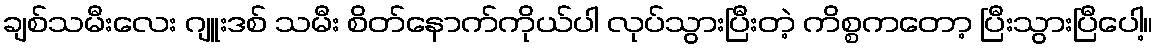
ချစ်သမီးလေး ဂျူးဒစ် သမီး စိတ်နောက်ကိုယ်ပါ လုပ်သွားပြီးတဲ့ ကိစ္စကတော့ ပြီးသွားပြီပေါ့။